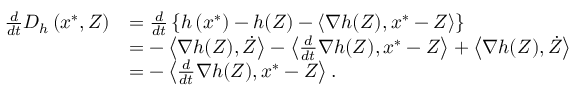
\begin{array} { r l } { \frac { d } { d t } D _ { h } \left( x ^ { * } , Z \right) } & { = \frac { d } { d t } \left\{ h \left( x ^ { * } \right) - h ( Z ) - \left\langle \nabla h ( Z ) , x ^ { * } - Z \right\rangle \right\} } \\ & { = - \left\langle \nabla h ( Z ) , \dot { Z } \right\rangle - \left\langle \frac { d } { d t } \nabla h ( Z ) , x ^ { * } - Z \right\rangle + \left\langle \nabla h ( Z ) , \dot { Z } \right\rangle } \\ & { = - \left\langle \frac { d } { d t } \nabla h ( Z ) , x ^ { * } - Z \right\rangle . } \end{array}